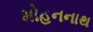
મોહનનાથ